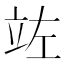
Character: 𮄩